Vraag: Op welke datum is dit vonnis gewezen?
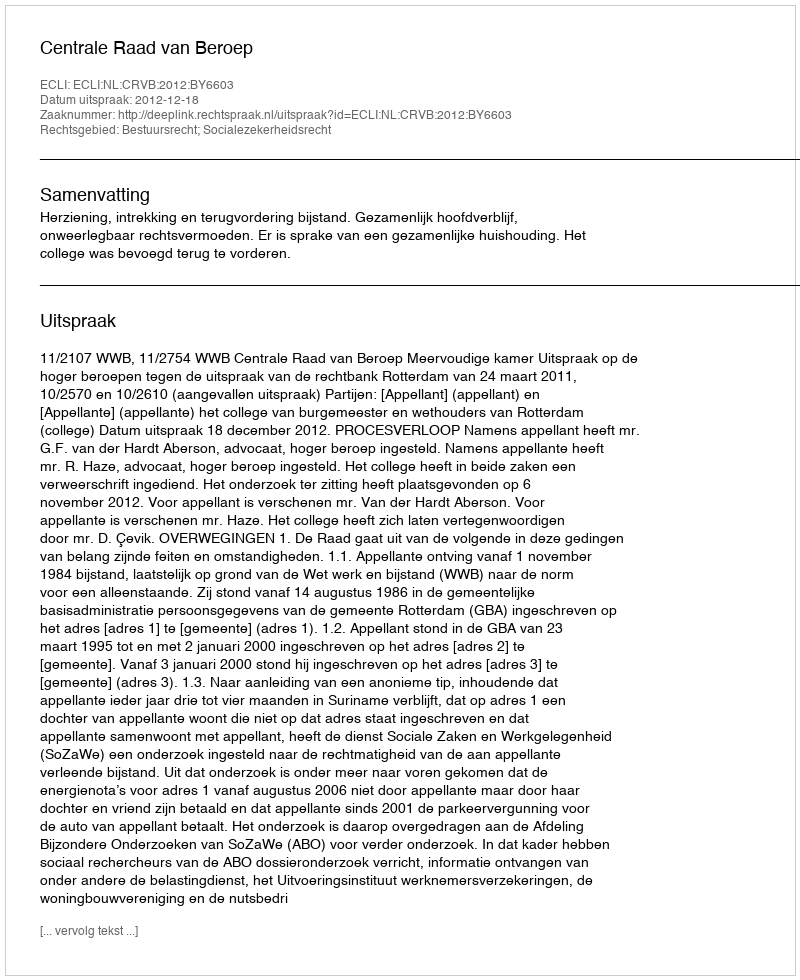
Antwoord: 2012-12-18